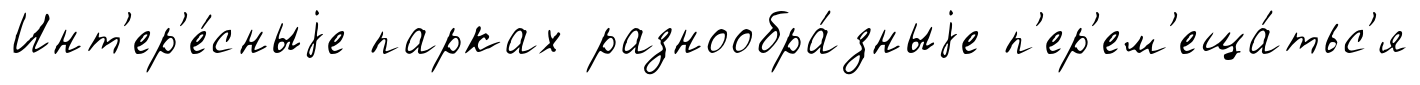
Инт'ер'е́сныjе парках разнообра́зныjе п'ер'ем'еща́тьс'я